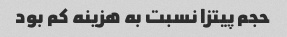
حجم پیتزا نسبت به هزینه کم بود